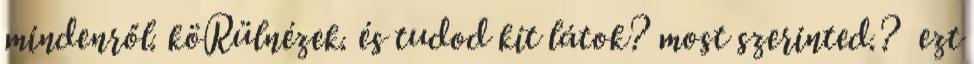
mindenről. köRülnézek. és tudod kit látok? most szerinted.? ezt